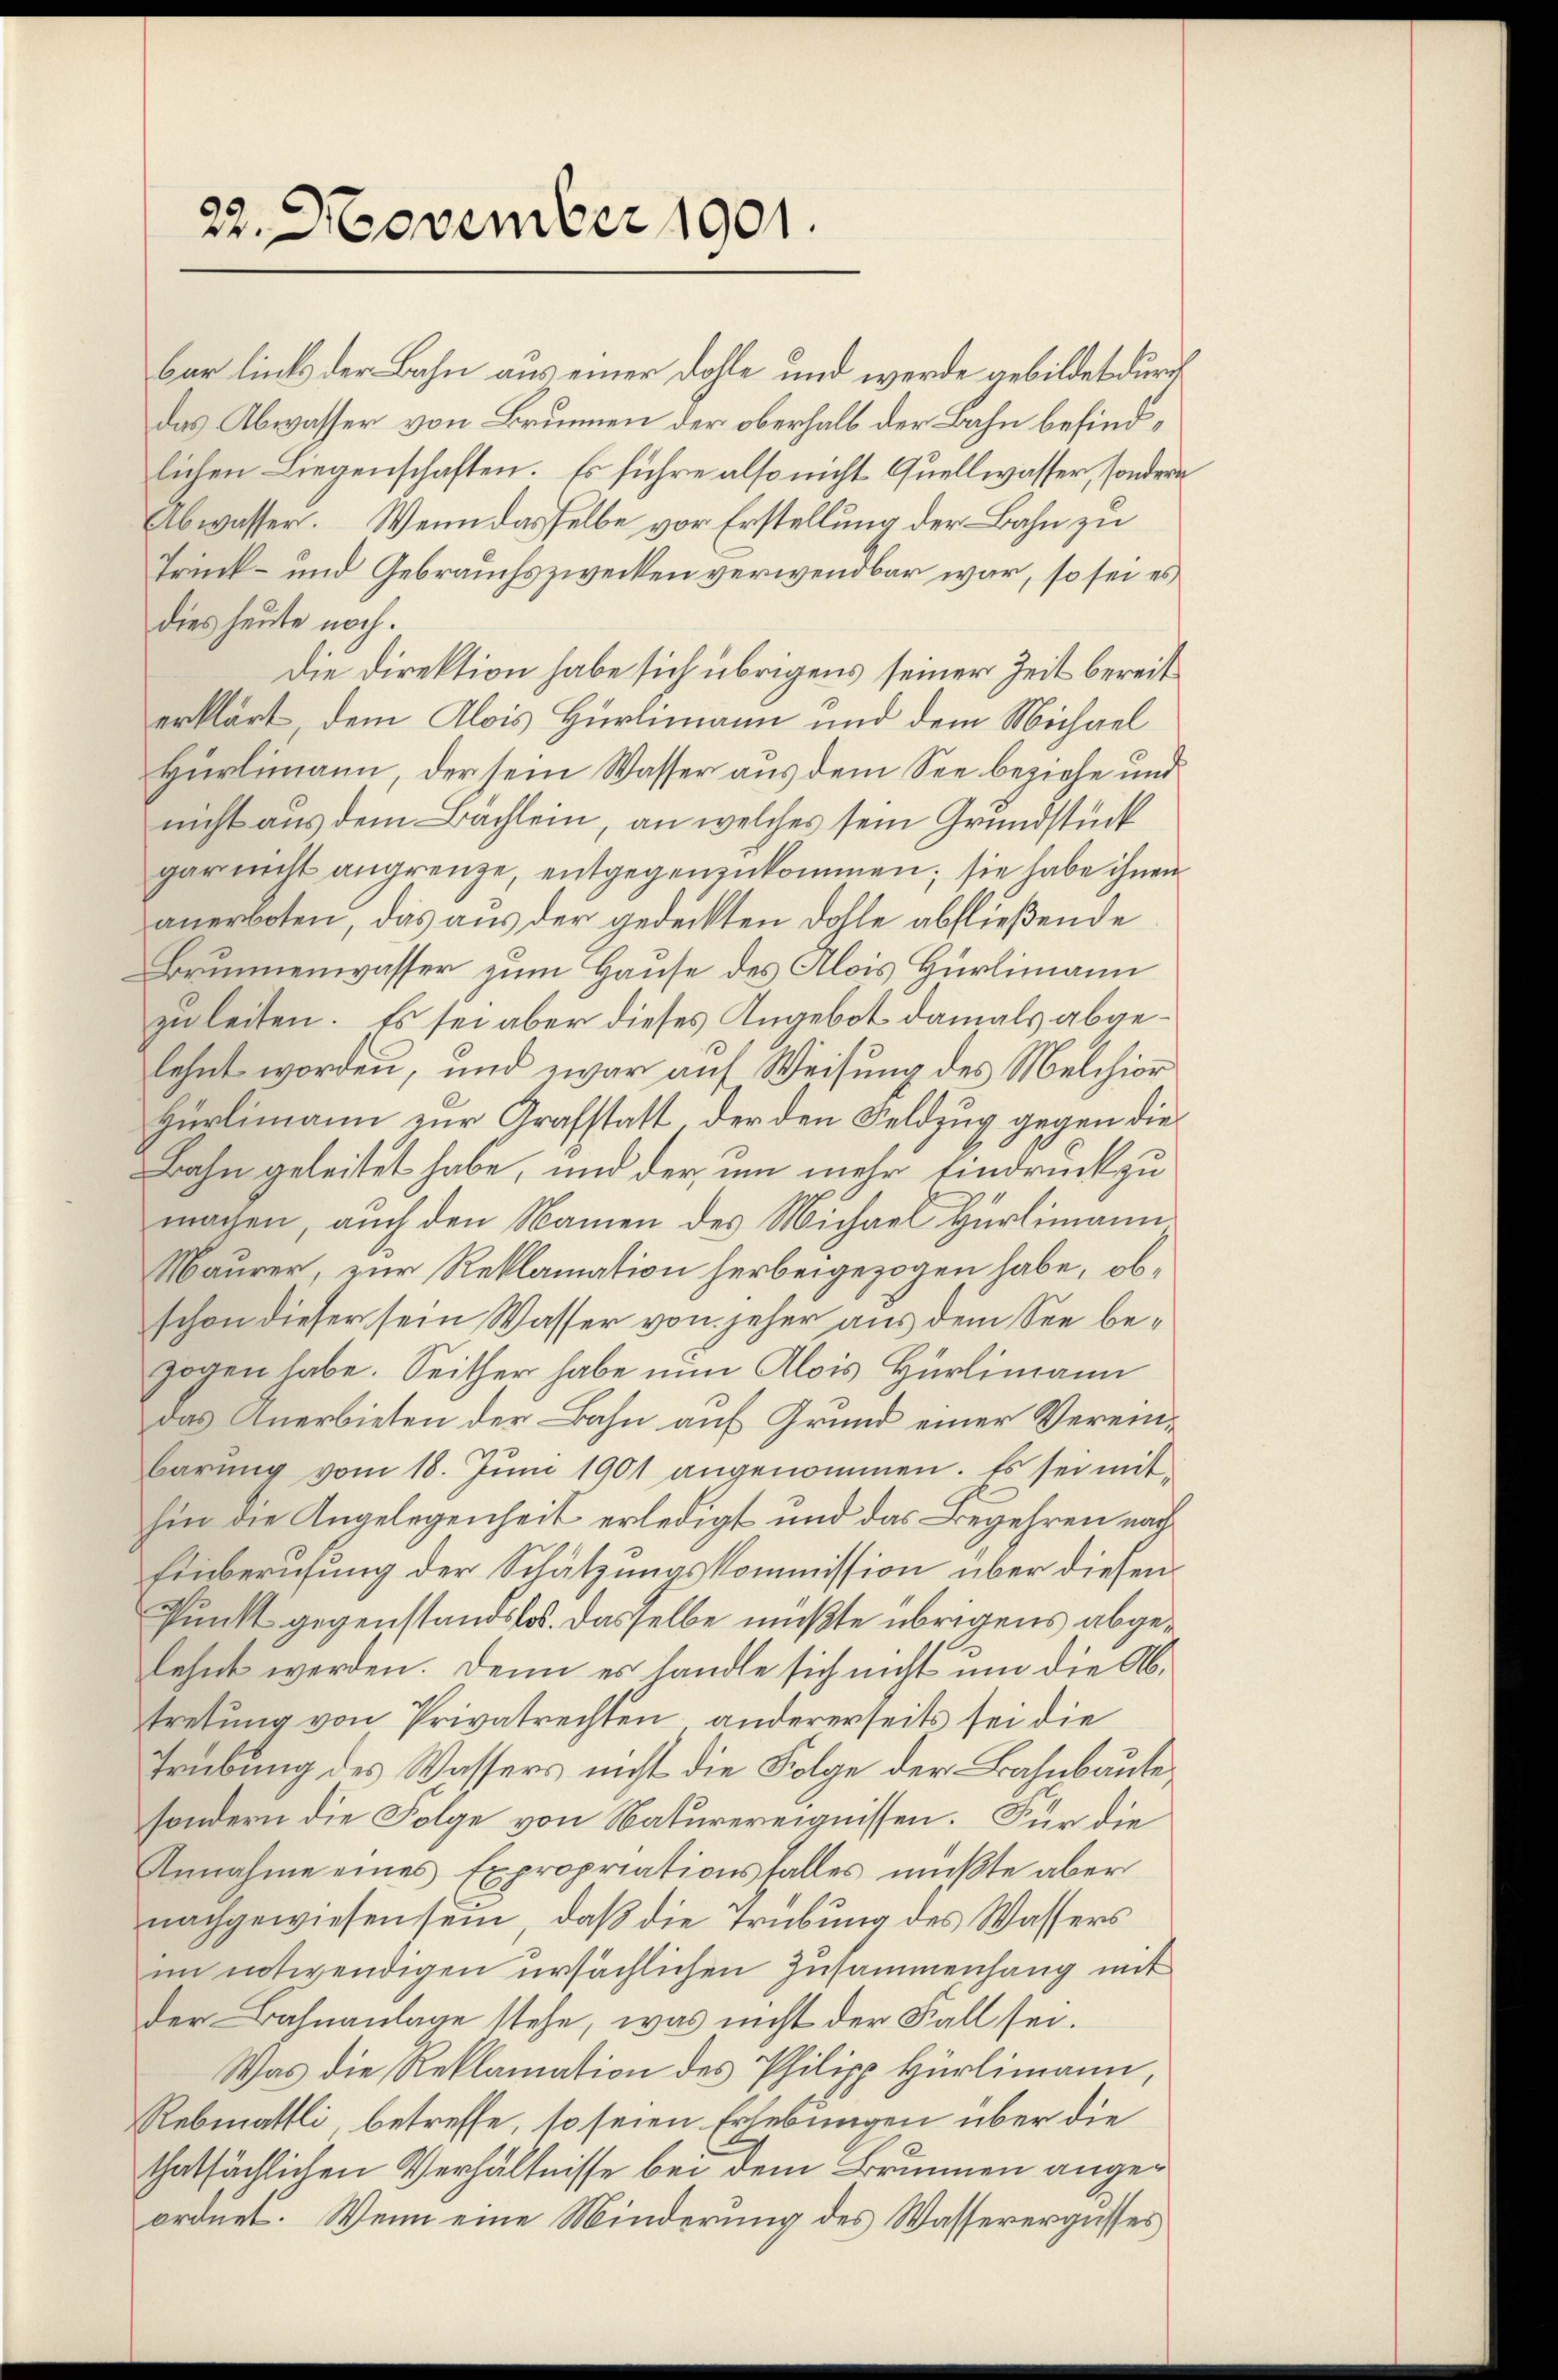
22. November 1901.

bar links der Bahn aus einer Dohle und werde gebildet durch
das Abwasser von Brunnen der oberhalb der Bahn befindlichen Liegenschaften. Es führe also nicht Quellwasser, sondern
Abwasser. Wenn dasselbe vor Erstellung der Bahn zu
Trink- und Gebrauchszwecken verwendbar war, so sei es
dies heute noch.
Die Direktion habe sich übrigens seiner Zeit bereit
erklärt, dem Alois Hürlimann und dem Michael
Hürlimann, der sein Wasser aus dem See beziehe und
nicht aus dem Bächlein, an welches sein Grundstück
gar nicht angrenze, entgegenzukommen; sie habe ihnen
anerboten, das aus der gedeckten Dohle abfließende
Brunnenwasser zum Hause des Alois Hürlimann
zuleiten. Es sei aber dieses Angebot damals abgelehnt worden, und zwar auf Weisung des Melchior
Hürlimann zur Grafstatt der den Feldzug gegen die
Bahn geleitet habe, und der um mehr Eindruck zu
machen, auch den Namen des Michael Hürlimann
Maurer, zur Reklamation herbeigezogen habe, obschon dieser sein Wasser von jeher aus dem See bezogen habe. Seither habe nun Alois Hürlimann
das Anerbieten der Bahn auf Grund einer Vereinbarŭng vom 18. Jŭni 1901 angenommen. Es sei mithin die Angelegenheit erledigt und das Begehren nach
Einberufung der Schätzungskommission über diesen
Punkt gegenstandslos. Dasselbe mußte übrigens abgelehnt werden. Denn es handle sich nicht um die Abtretung von Privatrechten andererseits sei die
Trübung des Wassers nicht die Folge der Bahnbaute
sondern die Folge von Naturereignissen. Für die
Annahme eines Expropriationsfalles mußte aber
nachgewiesen sein, daß die Trübung des Wassers
im notwendigen ursächlichen Zusammenhang mit
der Bahnanlage stehe, was nicht der Fall sei.
Was die Reklamation des Philipp Hürlimann,
Rebmattli betreffe, so seien Erhebungen über die
thatsächlichen Verhältnisse bei dem Brunnen angeordnet. Wenn eine Minderung des Wasserergusses

.